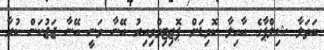
ބަތަލާ ޝިލްޕާގެ އާއިލާ ކޮވިޑަށް ޕޮޒިޓިވްވިއިރު އޭނާ ވަނީ އޭނާ ޖަޖުކަން ކުރާ